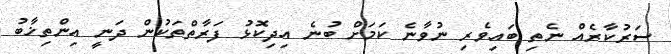
ސަރުކާރެއް ނެތި ބައިވެރި ނުވާނެ ކަމަށް ބުނެ އިދިކޮޅު ފަރާތްތަކުން ދަނީ އިންތިޚާބު